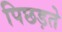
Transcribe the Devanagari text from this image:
पिछड़ते